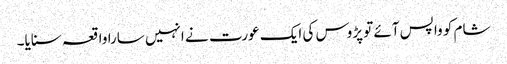
شام کو واپس آئے تو پڑوس کی ایک عورت نے انہیں سارا واقعہ سنایا۔